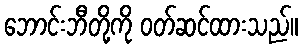
ဘောင်းဘီတို့ကို ဝတ်ဆင်ထားသည်။